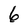
Character: 6